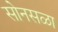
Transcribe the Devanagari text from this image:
सोनसळा